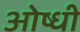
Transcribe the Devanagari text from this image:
ओष्धी